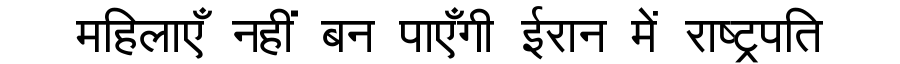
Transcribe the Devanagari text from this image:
महिलाएँ नहीं बन पाएँगी ईरान में राष्ट्रपति